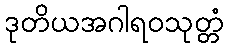
ဒုတိယအဂါရဝသုတ္တံ